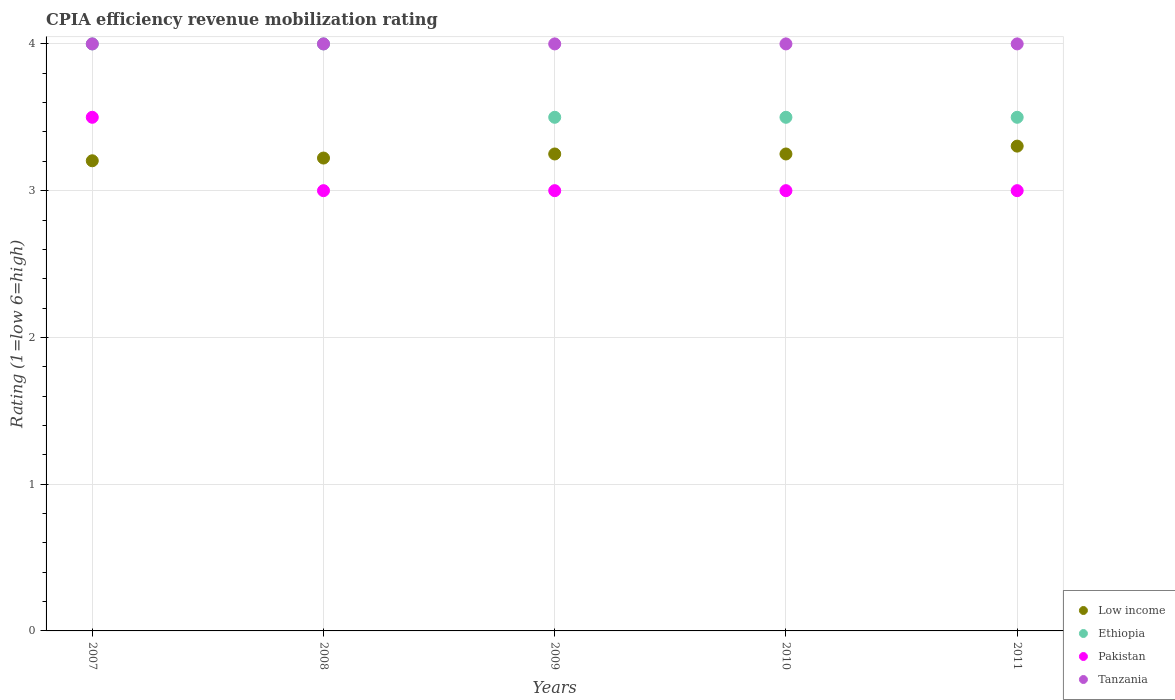
| Years | Low income | Ethiopia | Pakistan | Tanzania |
 | --- | --- | --- | --- | --- |
 | 2007 | 3.2 | 4 | 3.5 | 4 |
 | 2008 | 3.22 | 4 | 3 | 4 |
 | 2009 | 3.25 | 3.5 | 3 | 4 |
 | 2010 | 3.25 | 3.5 | 3 | 4 |
 | 2011 | 3.3 | 3.5 | 3 | 4 |